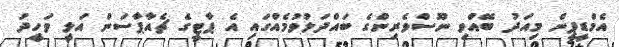
އެމްޑީޕީން މިއަދު ބޭއްވި ނޫސްވެރިންގެ ބައްދަލުވުމެއްގައި އެ ޕާޓީގެ ޗެއާޕާސަން އަލީ ވަހީދު